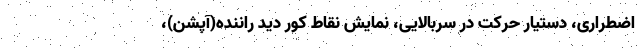
اضطراری، دستیار حرکت در سربالایی، نمایش نقاط کور دید راننده(آپشن)،